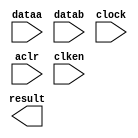
//Copyright (C) 1991-2003 Altera Corporation
//Any  megafunction  design,  and related netlist (encrypted  or  decrypted),
//support information,  device programming or simulation file,  and any other
//associated  documentation or information  provided by  Altera  or a partner
//under  Altera's   Megafunction   Partnership   Program  may  be  used  only
//to program  PLD  devices (but not masked  PLD  devices) from  Altera.   Any
//other  use  of such  megafunction  design,  netlist,  support  information,
//device programming or simulation file,  or any other  related documentation
//or information  is prohibited  for  any  other purpose,  including, but not
//limited to  modification,  reverse engineering,  de-compiling, or use  with
//any other  silicon devices,  unless such use is  explicitly  licensed under
//a separate agreement with  Altera  or a megafunction partner.  Title to the
//intellectual property,  including patents,  copyrights,  trademarks,  trade
//secrets,  or maskworks,  embodied in any such megafunction design, netlist,
//support  information,  device programming or simulation file,  or any other
//related documentation or information provided by  Altera  or a megafunction
//partner, remains with Altera, the megafunction partner, or their respective
//licensors. No other licenses, including any licenses needed under any third
//party's intellectual property, are provided herein.

module sub32 (
	dataa,
	datab,
	clock,
	aclr,
	clken,
	result)/* synthesis synthesis_clearbox = 1 */;

	input	[31:0]  dataa;
	input	[31:0]  datab;
	input	  clock;
	input	  aclr;
	input	  clken;
	output	[31:0]  result;

endmodule